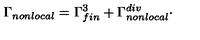
\Gamma _ { n o n l o c a l } = \Gamma _ { f i n } ^ { 3 } + \Gamma _ { n o n l o c a l } ^ { d i v } \cdot